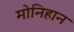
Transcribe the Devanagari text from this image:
मोनिहान